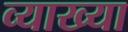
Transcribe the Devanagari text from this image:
व्याख्या